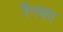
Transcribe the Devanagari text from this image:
रैनका